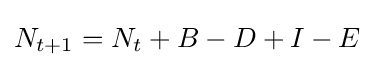
N_{t+1}=N_{t}+B-D+I-E